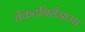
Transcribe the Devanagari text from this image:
वेंकटगिरीअप्पा